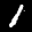
Label: 1